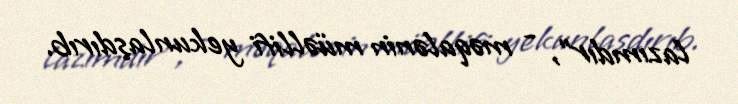
lazımdır”, - məqalənin müəllifi yekunlaşdırıb.